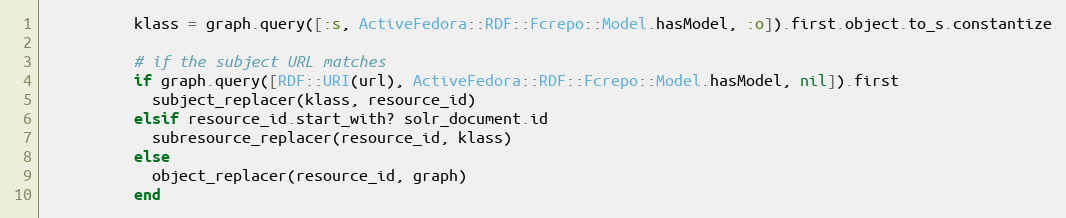
Language: Ruby
          klass = graph.query([:s, ActiveFedora::RDF::Fcrepo::Model.hasModel, :o]).first.object.to_s.constantize

          # if the subject URL matches
          if graph.query([RDF::URI(url), ActiveFedora::RDF::Fcrepo::Model.hasModel, nil]).first
            subject_replacer(klass, resource_id)
          elsif resource_id.start_with? solr_document.id
            subresource_replacer(resource_id, klass)
          else
            object_replacer(resource_id, graph)
          end